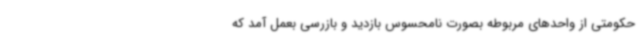
حکومتی از واحدهای مربوطه بصورت نامحسوس بازدید و بازرسی بعمل آمد که